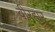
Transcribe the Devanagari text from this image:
वीरहार